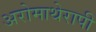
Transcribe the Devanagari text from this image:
अरोमाथेरापी